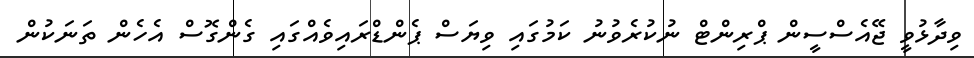
ވިދާޅުވީ ޖޭއެސްސީން ޕްރިންޓް ނުކުރެވުނު ކަމުގައި ވިޔަސް ޕެންޑްރައިވެއްގައި ގެންގޮސް އެހެން ތަނަކުން